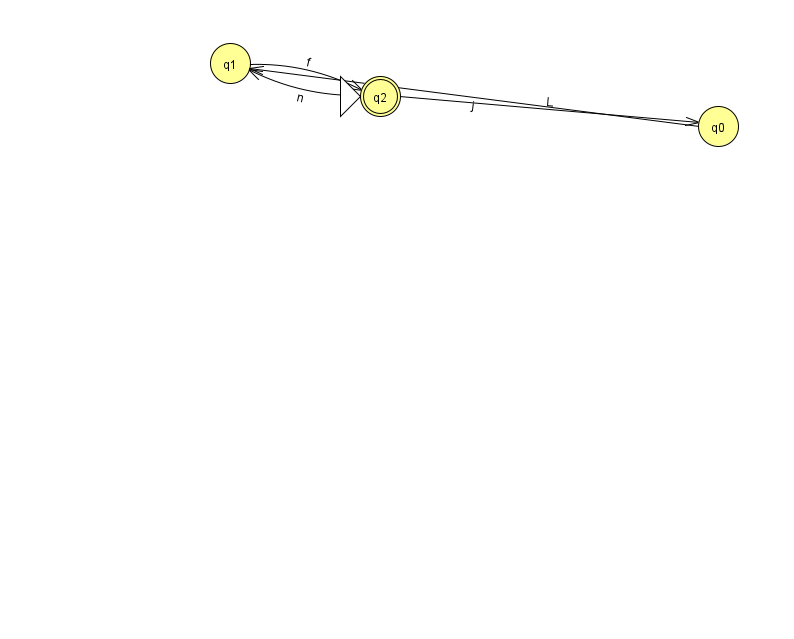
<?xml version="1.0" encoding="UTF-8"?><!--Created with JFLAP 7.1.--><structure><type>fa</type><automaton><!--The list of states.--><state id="0" name="q0"><x>718.0</x><y>113.0</y></state><state id="1" name="q1"><x>230.0</x><y>50.0</y></state><state id="2" name="q2"><x>380.0</x><y>83.0</y><initial/><final/></state><!--The list of transitions.--><transition><from>2</from><to>0</to><read>L</read></transition><transition><from>2</from><to>1</to><read>n</read></transition><transition><from>0</from><to>1</to><read>j</read></transition><transition><from>1</from><to>2</to><read>f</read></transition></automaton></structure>